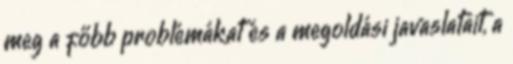
meg a főbb problémákat és a megoldási javaslatait, a